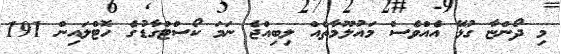
މި ދޯންޏާ ގުޅޭ އެއްވެސް މައުލޫމާތެއް ލިބިއްޖެ ނަމަ ކޯސްޓްގާޑުގެ ހޮޓްލައިން 191